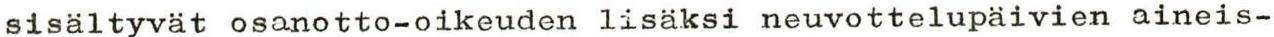
sisältyvät osanotto-oikeuden lisäksi neuvottelupäivien aineis-